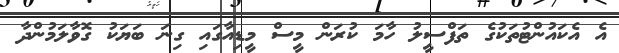
އެ އެކައުންޓުތަކުގެ ތަފްސީލު ހާމަ ކުރަން މީސް މީޑިއާގައި ގިނަ ބަޔަކު ގޮވާލަމުންދާ